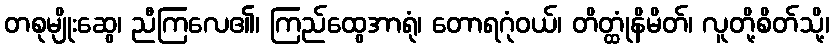
တစုမျိုးဆွေ၊ ညီကြလေ၏၊ ကြည်ထွေအာရုံ၊ တောရဂုံဝယ်၊ တိတ္ထုံနိမိတ်၊ လူတို့စိတ်သို့၊